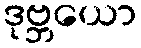
ဒုဗ္ဘယော